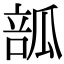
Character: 𤬃